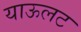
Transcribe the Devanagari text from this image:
याऊलट